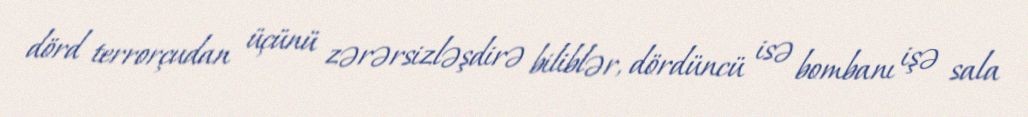
dörd terrorçudan üçünü zərərsizləşdirə biliblər, dördüncü isə bombanı işə sala